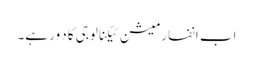
اب انفارمیشن ٹیکنالوجی کا دَور ہے۔